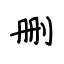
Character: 删